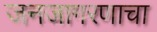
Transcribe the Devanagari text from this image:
जनजागरणाचा